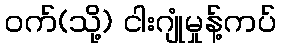
ဝက်(သို့) ငါးဂျုံမှုန့်ကပ်